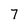
Character: 7